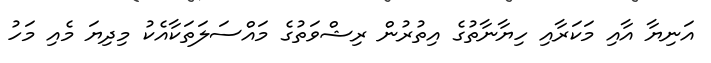
އަނިޔާ އާއި މަކަރާއި ހިޔާނާތުގެ އިތުރުން ރިޝްވަތުގެ މައްސަލަތަކާއެކު މިދިޔަ މެއި މަހު